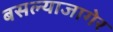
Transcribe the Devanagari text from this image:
बसल्याजागेर